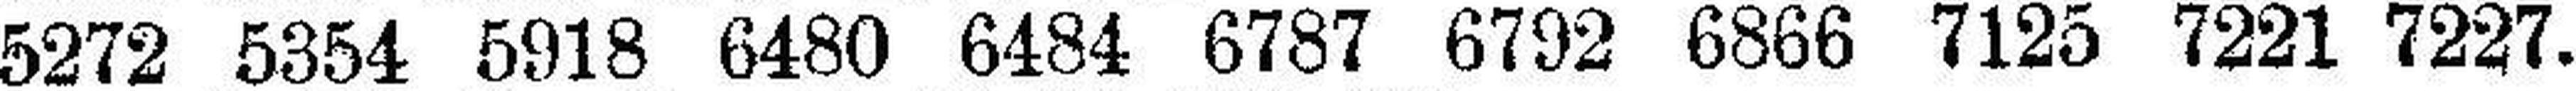
5272 5354 5918 6480 6484 6787 6792 6866 7125 7221 7227.